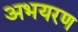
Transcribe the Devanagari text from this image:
अभयरण